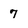
Character: 7